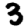
Digit: 3